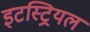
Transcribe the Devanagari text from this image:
इटस्ट्रियल